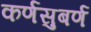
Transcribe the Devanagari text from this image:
कर्णसुबर्ण